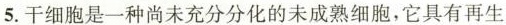
5.干细胞是一种尚未充分分化的未成熟细胞，它具有再生